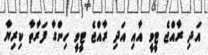
އަދި ރާއްޖެ ޓީވީ އާއި އަދި ރާއްޖެ ޓީވީ ހިންގާ ފަރާތާ ކިރިޔާ